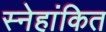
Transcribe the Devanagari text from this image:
स्नेहांकित